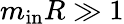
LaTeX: m_{\mathrm{in}}R\gg 1